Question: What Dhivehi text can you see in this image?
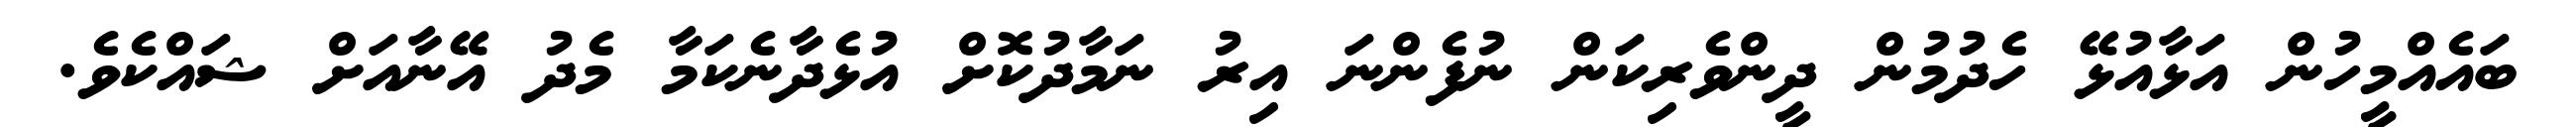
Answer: ބައެއްމީހުން އަޅާއުޅޭ ހެދުމުން ދީންވެރިކަން ނުފެންނަ އިރު ނަމާދުކޮށް އުޅެދާނެކަމާ މެދު އޭނާއަށް ޝައްކެވެ.